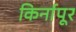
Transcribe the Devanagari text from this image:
किर्नापूर